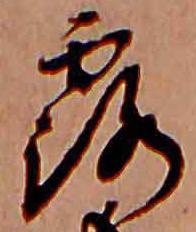
露